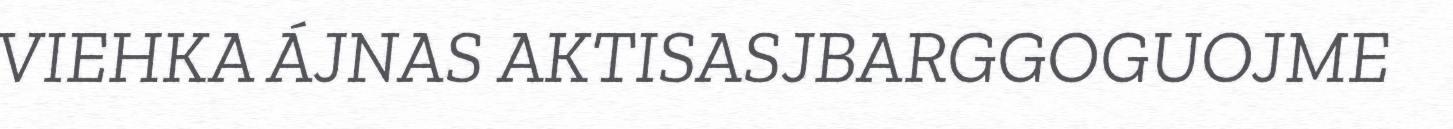
VIEHKA ÁJNAS AKTISASJBARGGOGUOJME